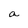
Character: a